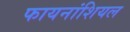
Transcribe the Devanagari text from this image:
फायनांशियल